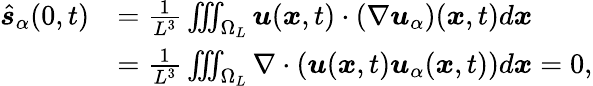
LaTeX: \begin{array}{rl}{\hat{\boldsymbol s}_{\alpha}(0,t)}&{=\frac{1}{L^{3}}\iiint_{\Omega_{L}}\boldsymbol u(\boldsymbol x,t)\cdot\left(\nabla\boldsymbol u_{\alpha}\right)(\boldsymbol x,t)d\boldsymbol x}\\ &{=\frac{1}{L^{3}}\iiint_{\Omega_{L}}\nabla\cdot\left(\boldsymbol u(\boldsymbol x,t)\boldsymbol u_{\alpha}(\boldsymbol x,t)\right)d\boldsymbol x=0,}\end{array}